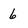
Character: 6